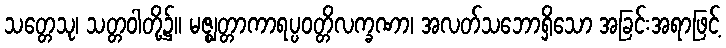
သတ္တေသု၊ သတ္တဝါတို့၌။ မဇ္ဈတ္တာကာရပ္ပဝတ္တိလက္ခဏာ၊ အလတ်သဘောရှိသော အခြင်းအရာဖြင့်